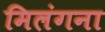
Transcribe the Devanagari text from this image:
मिलंगना